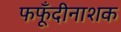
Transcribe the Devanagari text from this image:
फफूँदीनाशक